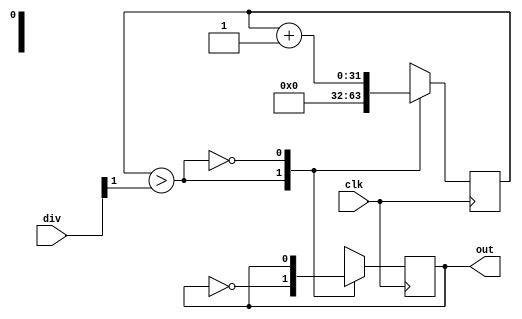
module clockDiv(input clk,
                input [31:0]div,
                output reg out);
    reg [31:0] count;
    reg inc;
    reg max;
    // All Always blocks run in parallel don't get confused
    always begin // This block will execute continuously and will update 'inc'
        max = div >> 1;
        inc = (count > max);
    end
    always@(posedge clk) begin
        case(inc)
            1:begin
                count = 0;
                out = ~out;
            end
            0:begin
                count = count + 1;
            end
        endcase
    end
endmodule